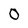
Character: 0